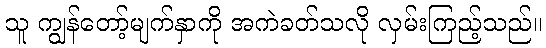
သူ ကျွန်တော့်မျက်နှာကို အကဲခတ်သလို လှမ်းကြည့်သည်။